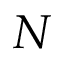
N